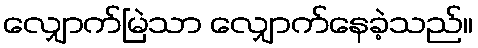
လျှောက်မြဲသာ လျှောက်နေခဲ့သည်။